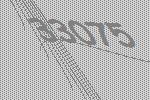
33075